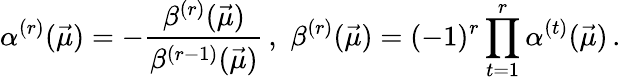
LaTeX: \alpha^{(r)}(\vec{\mu})=-\frac{\beta^{(r)}(\vec{\mu})}{\beta^{(r-1)}(\vec{\mu})}\, ,\, \, \beta^{(r)}(\vec{\mu})=(-1)^{r}\prod_{t=1}^{r}\alpha^{(t)}(\vec{\mu})\, .